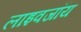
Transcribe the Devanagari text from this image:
लाइवजॉय